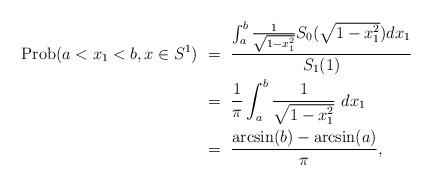
LaTeX: \begin{align*}{\rm Prob}(a<x_1<b,x\in S^1) &\ = \ \frac{\int_a^b\frac{1}{\sqrt{1-x_1^2}}S_{0}(\sqrt{1-x_1^2}) dx_1}{S_1(1)}\\&\ = \ \frac{1}{\pi}\int_a^b\frac{1}{\sqrt{1-x_1^2}}\ dx_1\\&\ = \ \frac{\arcsin(b)-\arcsin(a)}{\pi},\end{align*}